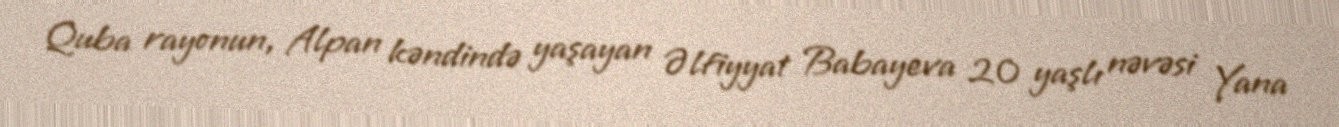
Quba rayonun, Alpan kəndində yaşayan Əlfiyyat Babayeva 20 yaşlı nəvəsi Yana